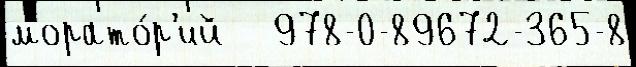
морато́р'ий   978-0-89672-365-8